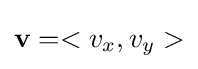
{\textbf {v}}=<v_{x},v_{y}>